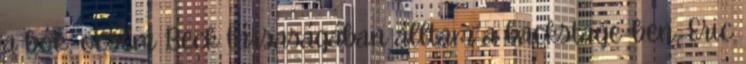
a bók, öcsém Beck társaságában álltam a backstage-ben, Eric